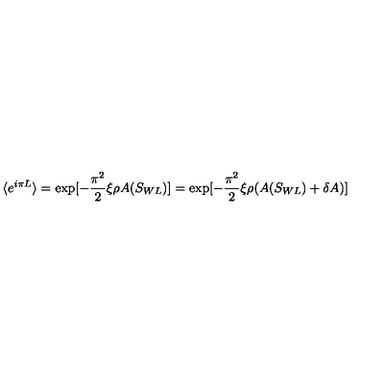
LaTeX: \langle e ^ { i \pi L } \rangle = \exp [ - \frac { \pi ^ { 2 } } { 2 } \xi \rho A ( S _ { W L } ) ] = \exp [ - \frac { \pi ^ { 2 } } { 2 } \xi \rho ( A ( S _ { W L } ) + \delta A ) ]